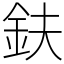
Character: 鈇